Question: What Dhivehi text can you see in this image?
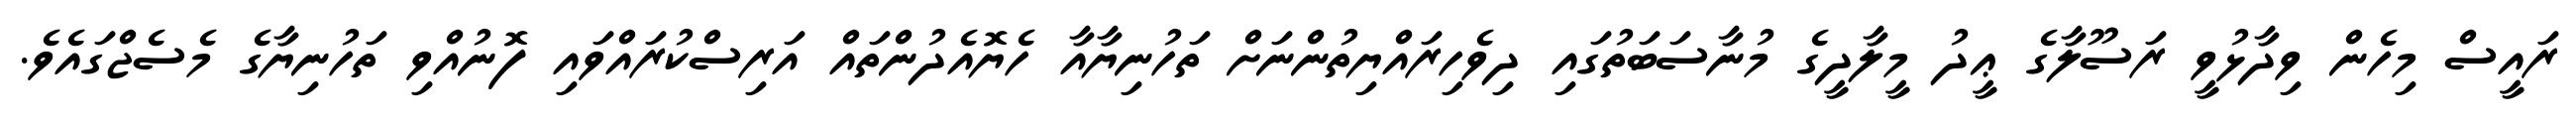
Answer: ރައީސް މިހެން ވިދާޅުވީ ރަސޫލާގެ ޢީދު މީލާދީގެ މުނާސަބަތުގައި ދިވެހިރައްޔިތުންނަށް ތަހުނިޔާއާ ހެޔޮއެދުންތައް އަރިސްކުރައްވައި ފޮނުއްވި ތަހުނިޔާގެ މެސެޖްގައެވެ.